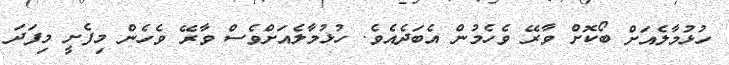
ހުޅުމާލެއަށް ބޯކޮށް ވާރޭ ވެހެމުން އެބަދެއެވެ. ހުޅުމާލެއަށްވެސް ވާރޭ ވެހެން މިފެށީ މިފަދަ